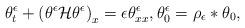
LaTeX: \begin{align*}\theta^{\epsilon}_{t} +\left(\theta^{\epsilon}\mathcal{H}\theta^{\epsilon}\right)_{x} =\epsilon \theta^{\epsilon}_{xx}, \theta^{\epsilon}_{0}=\rho_{\epsilon}\ast \theta_{0},\end{align*}